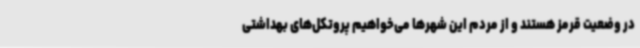
در وضعیت قرمز هستند و از مردم این شهرها می‌خواهیم پروتکل‌های بهداشتی